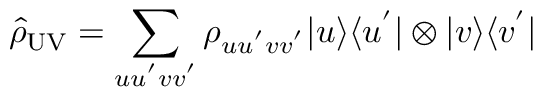
\hat { \rho } _ { \mathrm { U V } } = \sum _ { u u ^ { ' } v v ^ { ' } } \rho _ { u u ^ { ' } v v ^ { ' } } | u \rangle \langle u ^ { ' } | \otimes | v \rangle \langle v ^ { ' } |